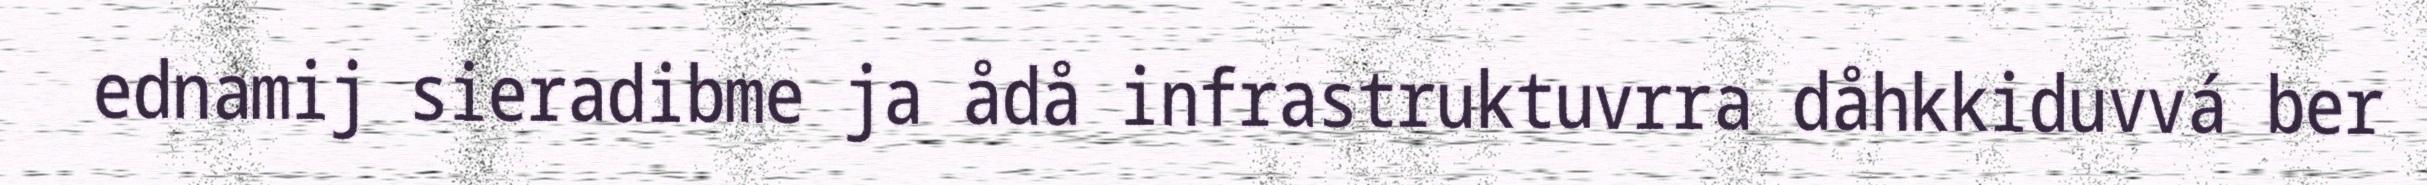
ednamij sieradibme ja ådå infrastruktuvrra dåhkkiduvvá ber